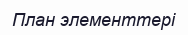
План элементтері